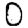
Digit: 0